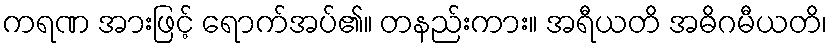
ကရဏ အားဖြင့် ရောက်အပ်၏။ တနည်းကား။ အရီယတိ အဓိဂမီယတိ၊